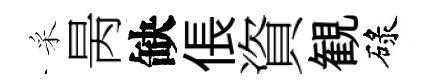
采昺缺倀資観碌